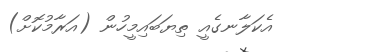
އެކަލާނގެއީ ތިޔަބައިމީހުން (އަރާމުކޮށް)